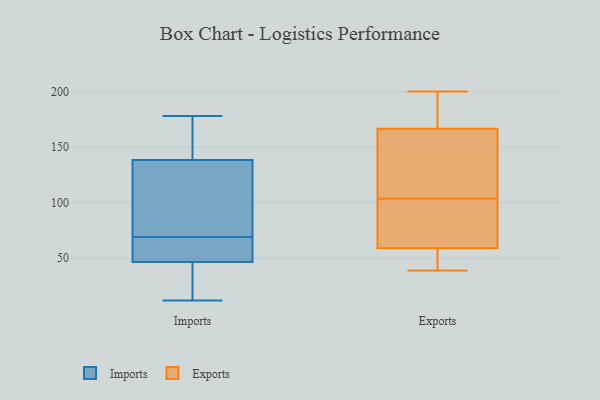
{"axis": {"x": "Customer Acquisition Cost (USD)", "y": "Value"}, "legend": ["Exports", "Imports"], "data": [{"x": "", "y": 147, "type": "Imports"}, {"x": "", "y": 178, "type": "Imports"}, {"x": "", "y": 134, "type": "Imports"}, {"x": "", "y": 46, "type": "Imports"}, {"x": "", "y": 37, "type": "Imports"}, {"x": "", "y": 69, "type": "Imports"}, {"x": "", "y": 100, "type": "Imports"}, {"x": "", "y": 12, "type": "Imports"}, {"x": "", "y": 124, "type": "Imports"}, {"x": "", "y": 48, "type": "Imports"}, {"x": "", "y": 62, "type": "Imports"}, {"x": "", "y": 177, "type": "Imports"}, {"x": "", "y": 62, "type": "Imports"}, {"x": "", "y": 140, "type": "Imports"}, {"x": "", "y": 34, "type": "Imports"}, {"x": "", "y": 200, "type": "Exports"}, {"x": "", "y": 49, "type": "Exports"}, {"x": "", "y": 39, "type": "Exports"}, {"x": "", "y": 116, "type": "Exports"}, {"x": "", "y": 174, "type": "Exports"}, {"x": "", "y": 69, "type": "Exports"}, {"x": "", "y": 91, "type": "Exports"}, {"x": "", "y": 189, "type": "Exports"}, {"x": "", "y": 49, "type": "Exports"}, {"x": "", "y": 44, "type": "Exports"}, {"x": "", "y": 88, "type": "Exports"}, {"x": "", "y": 90, "type": "Exports"}, {"x": "", "y": 172, "type": "Exports"}, {"x": "", "y": 161, "type": "Exports"}, {"x": "", "y": 160, "type": "Exports"}, {"x": "", "y": 121, "type": "Exports"}]}